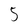
Character: 5